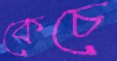
কেচে